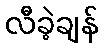
လီခဲ့ချန်